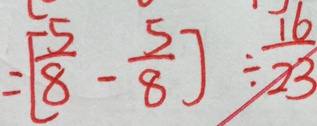
= [ \frac { 5 } { 8 } - \frac { 5 } { 8 } ] \div \frac { 1 6 } { 2 3 }